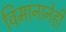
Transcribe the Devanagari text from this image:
विमानानेही